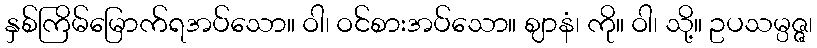
နှစ်ကြိမ်မြောက်ရအပ်သော။ ဝါ၊ ဝင်စားအပ်သော။ ဈာနံ၊ ကို။ ဝါ၊ သို့။ ဥပသမ္ပဇ္ဇ၊